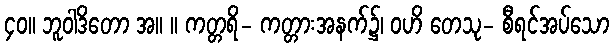
၄၀။ ဘူဝါဒိတော အ။ ။ ကတ္တရိ- ကတ္တားအနက်၌၊ ဝဟိ တေသု- စီရင်အပ်သော